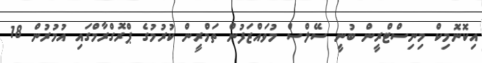
އިކޮނޮމިކް މިނިސްޓްރީން ބުނީ ސޭލްސް މުވައްޒަފުން ތަމްރީން ކުރުމުގެ ޕްރޮގްރާމްގައި އުމުރުން 18